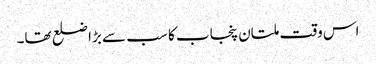
اس وقت ملتان پنجاب کا سب سے بڑا ضلع تھا۔